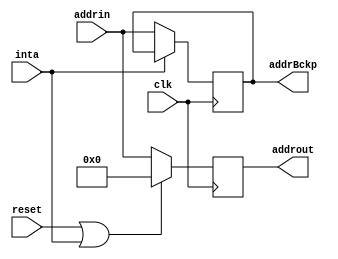
module contador_de_programa(
	input clk,									// clock
	input reset,								// reset
	input inta,									// interrupt acknowledge
	input [25:0] addrin,						// in address
	output reg [25:0] addrout,				// out address
	output reg [25:0] addrBckp);
	
	always @ (negedge clk) begin
		addrBckp <= inta ? addrBckp : addrin;
	end
	
	always @ (posedge clk) begin
		addrout <= reset | inta ? 26'b0 : addrin;
	end
endmodule